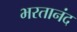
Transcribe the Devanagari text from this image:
भरतानंद